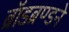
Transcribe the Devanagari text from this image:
ब्रॉडब्रण्डने